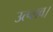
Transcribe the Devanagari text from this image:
उत्प्लव।